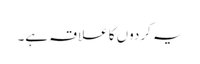
یہ کردوں کا علاقہ ہے۔